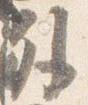
外